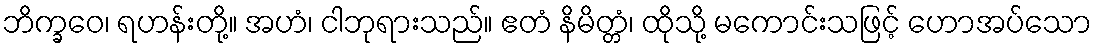
ဘိက္ခဝေ၊ ရဟန်းတို့။ အဟံ၊ ငါဘုရားသည်။ ဧတံ နိမိတ္တံ၊ ထိုသို့ မကောင်းသဖြင့် ဟောအပ်သော